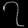
Digit: ၇